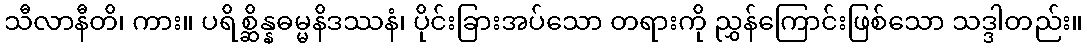
သီလာနီတိ၊ ကား။ ပရိစ္ဆိန္နဓမ္မနိဒဿနံ၊ ပိုင်းခြားအပ်သော တရားကို ညွှန်ကြောင်းဖြစ်သော သဒ္ဒါတည်း။